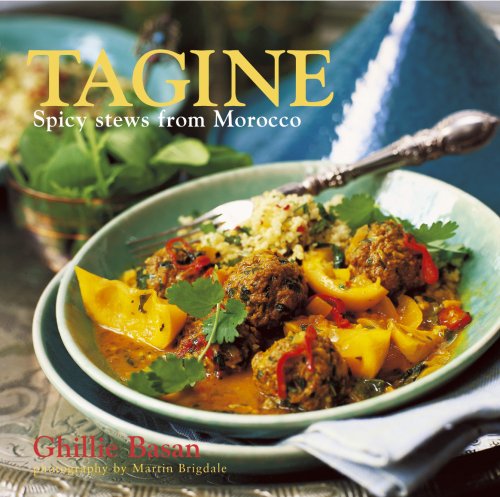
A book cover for Tagine: Spicy Stews from Morocco; Ghillie Basan; Cookbooks, Food & Wine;